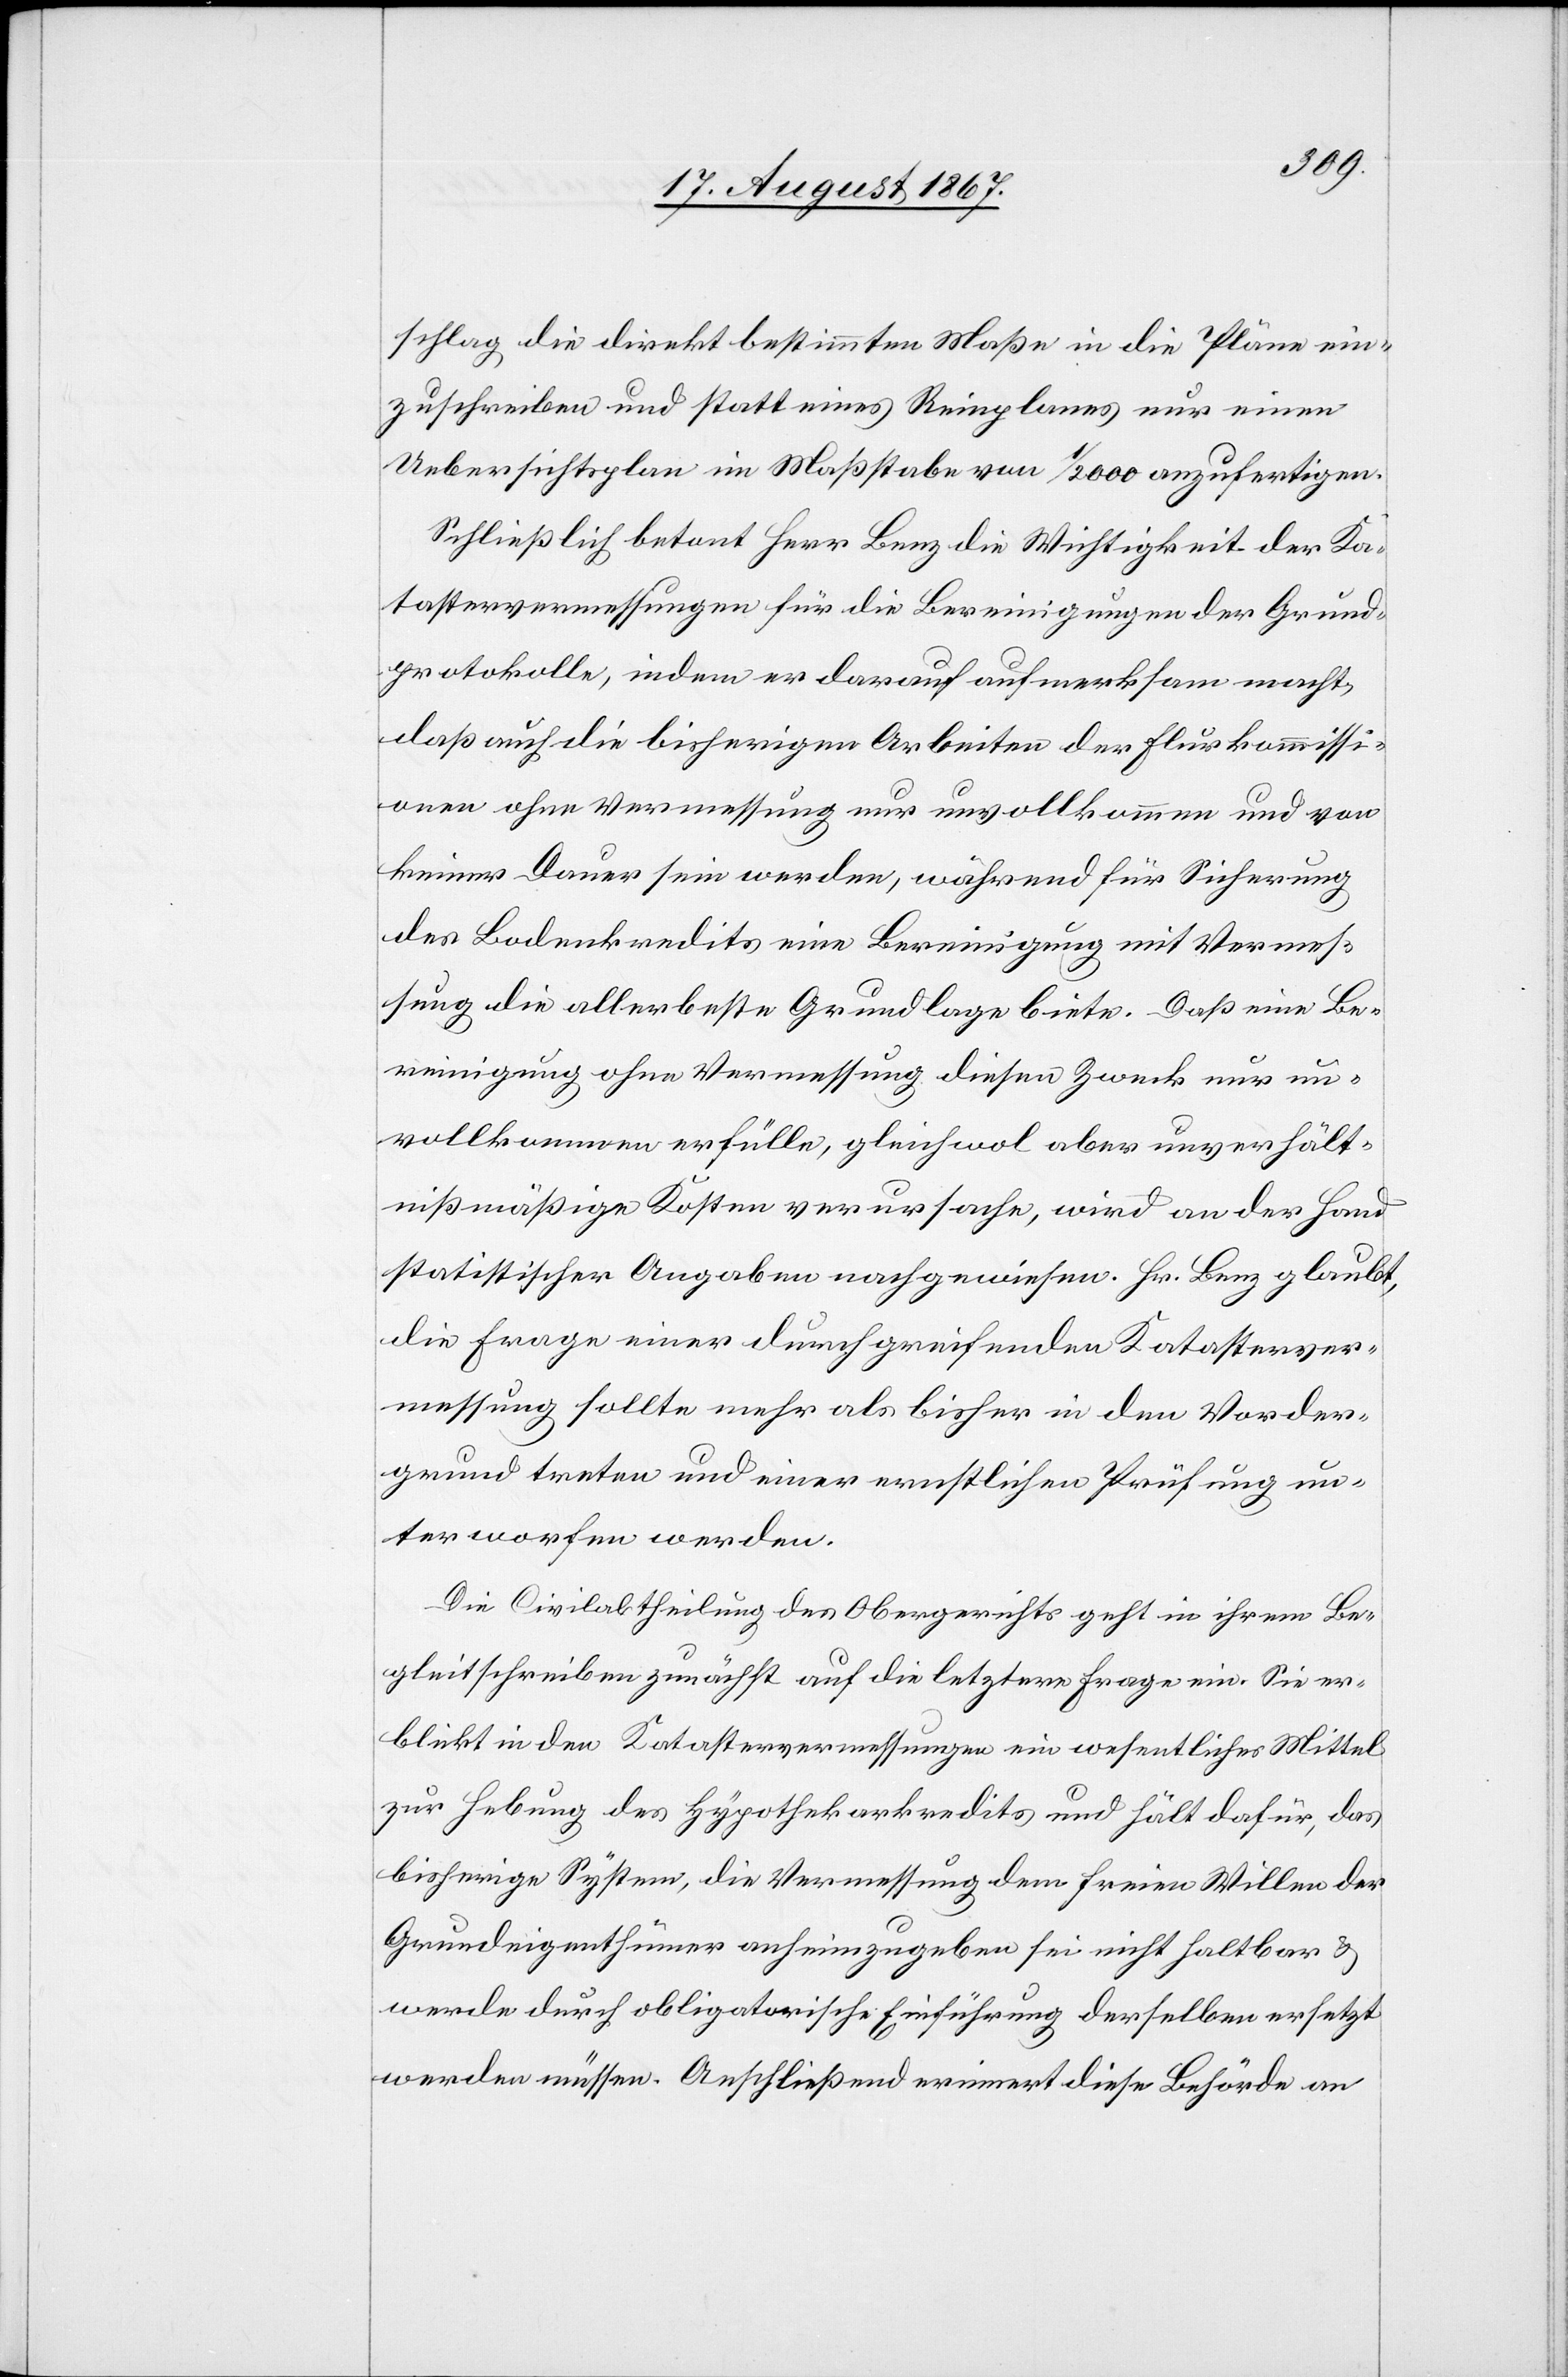
schlag, die direkt bestimmten Maße in die Pläne ein¬
zuschreiben und statt eines Reinplanes nur einen
Uebersichtsplan im Maßstabe von 1/2000 anzufertigen.
Schließlich betont Herr Benz die Wichtigkeit der Ka¬
tastervermessungen für die Bereinigungen der Grund¬
protokolle, indem er darauf aufmerksam macht,
daß auch die bisherigen Arbeiten der Flurkommissi¬
onen ohne Vermessung nur unvollkommen und von
keiner Dauer sein werden, während für Sicherung
des Bodenkredits eine Bereinigung mit Vermes¬
sung die allerbeste Grundlage biete. Daß eine Be¬
reinigung ohne Vermessung diesen Zweck nur un¬
vollkommen erfülle, gleichwol aber unverhält¬
nißmäßige Kosten verursache, wird an der Hand
statistischer Angaben nachgewiesen. Hr. Benz glaubt,
die Frage einer durchgreifenden Katasterver¬
messung sollte mehr als bisher in den Vorder¬
grund treten und einer ernstlichen Prüfung un¬
terworfen werden.
Die Civilabtheilung des Obergerichtes geht in ihrem Be¬
gleitschreiben zunächst auf die letztere Frage ein. Sie er¬
blickt in den Katastervermessungen ein wesentliches Mittel
zur Hebung des Hypothekarkredits und hält dafür, das
bisherige System, die Vermessung dem freien Willen der
Grundeigenthümer anheimzugeben sei nicht haltbar u.
werde durch obligatorische Einführung derselben ersetzt
werden müssen. Anschließen erinnert diese Behörde an